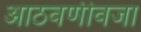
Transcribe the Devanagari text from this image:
आठवणीवजा